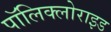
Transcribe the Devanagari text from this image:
पॉलिक्लोराइड